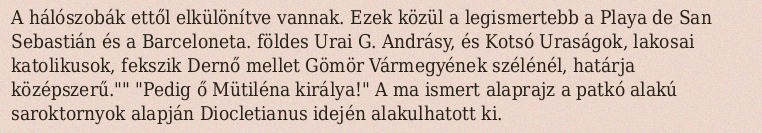
A hálószobák ettől elkülönítve vannak. Ezek közül a legismertebb a Playa de San Sebastián és a Barceloneta. földes Urai G. Andrásy, és Kotsó Uraságok, lakosai katolikusok, fekszik Dernő mellet Gömör Vármegyének szélénél, határja középszerű."" "Pedig ő Mütiléna királya!" A ma ismert alaprajz a patkó alakú saroktornyok alapján Diocletianus idején alakulhatott ki.